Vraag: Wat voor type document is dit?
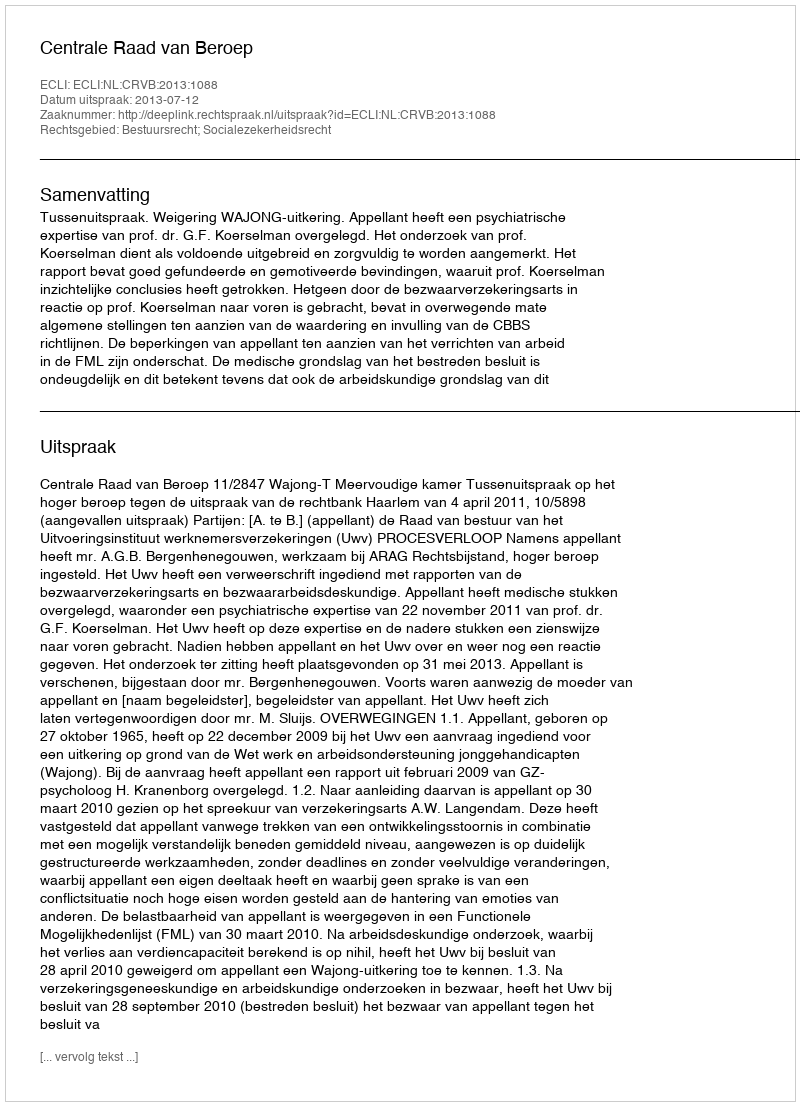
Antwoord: Uitspraak